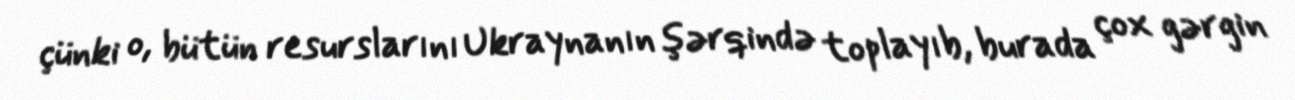
çünki o, bütün resurslarını Ukraynanın şərqində toplayıb, burada çox gərgin